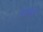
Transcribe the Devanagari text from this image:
थार्क्स